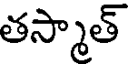
తస్మాత్